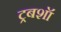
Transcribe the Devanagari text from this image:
ट्रबशॉ